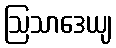
ဩသာဒေယျ